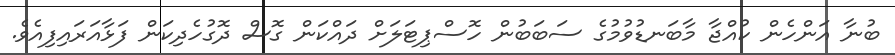
ބުނާ އަންހެން ކުއްޖާ މާބަނޑުވުމުގެ ސަބަބުން ހޮސްޕިޓަލަށް ދައްކަން ގޮސް ދޮގުހެދިކަން ފަޅާއަރައިފިއެވެ.